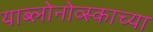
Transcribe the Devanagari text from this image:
याब्लोनोव्स्काच्या